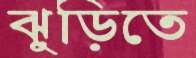
ঝুড়িতে